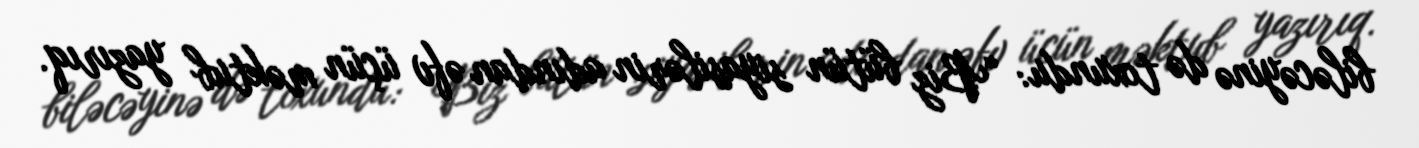
biləcəyinə də toxundu: “Biz bütün siyasilərin adından əfv üçün məktub yazırıq.